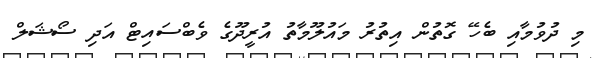
މި ދުވުމާއި ބެހޭ ގޮތުން އިތުރު މައުލޫމާތު އުރީދޫގެ ވެބްސައިޓް އަދި ސޯޝަލް